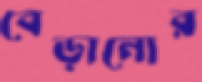
বেড়ানোর